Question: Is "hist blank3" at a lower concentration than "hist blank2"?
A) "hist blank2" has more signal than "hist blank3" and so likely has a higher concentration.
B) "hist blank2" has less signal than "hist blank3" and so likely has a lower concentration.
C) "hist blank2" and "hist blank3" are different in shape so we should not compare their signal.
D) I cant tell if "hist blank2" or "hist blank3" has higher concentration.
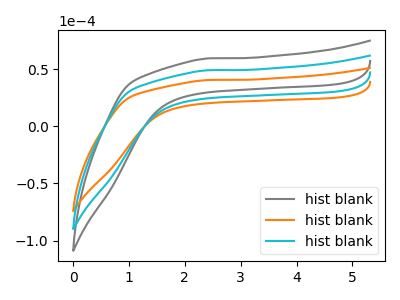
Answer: <think>The gray curve "hist blank1" has no peaks. The orange curve "hist blank2" has no peaks. The cyan curve "hist blank3" has no peaks.
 Neither "hist blank2" or "hist blank3" have any peaks.</think>
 <answer>D) I cant tell if "hist blank2" or "hist blank3" has higher concentration.</answer>
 <eval>D</eval>